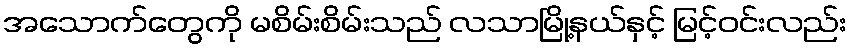
အသောက်တွေကို မစိမ်းစိမ်းသည် လသာမြို့နယ်နှင့် မြင့်ဝင်းလည်း